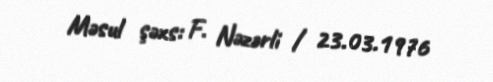
Məsul şəxs: F. Nəzərli / 23.03.1976